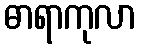
ဓာရာကုလာ